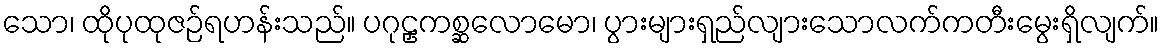
သော၊ ထိုပုထုဇဉ်ရဟန်းသည်။ ပဂုဠှကစ္ဆလောမော၊ ပွားများရှည်လျားသောလက်ကတီးမွေးရှိလျက်။